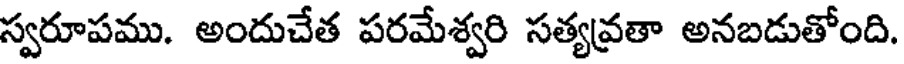
స్వరూపము. అందుచేత పరమేశ్వరి సత్యవ్రతా అనబడుతోంది.